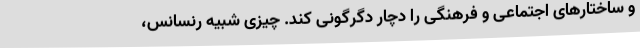
و ساختارهای اجتماعی و فرهنگی را دچار دگرگونی کند. چیزی شبیه رنسانس،